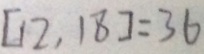
[ 1 2 , 1 8 ] = 3 6